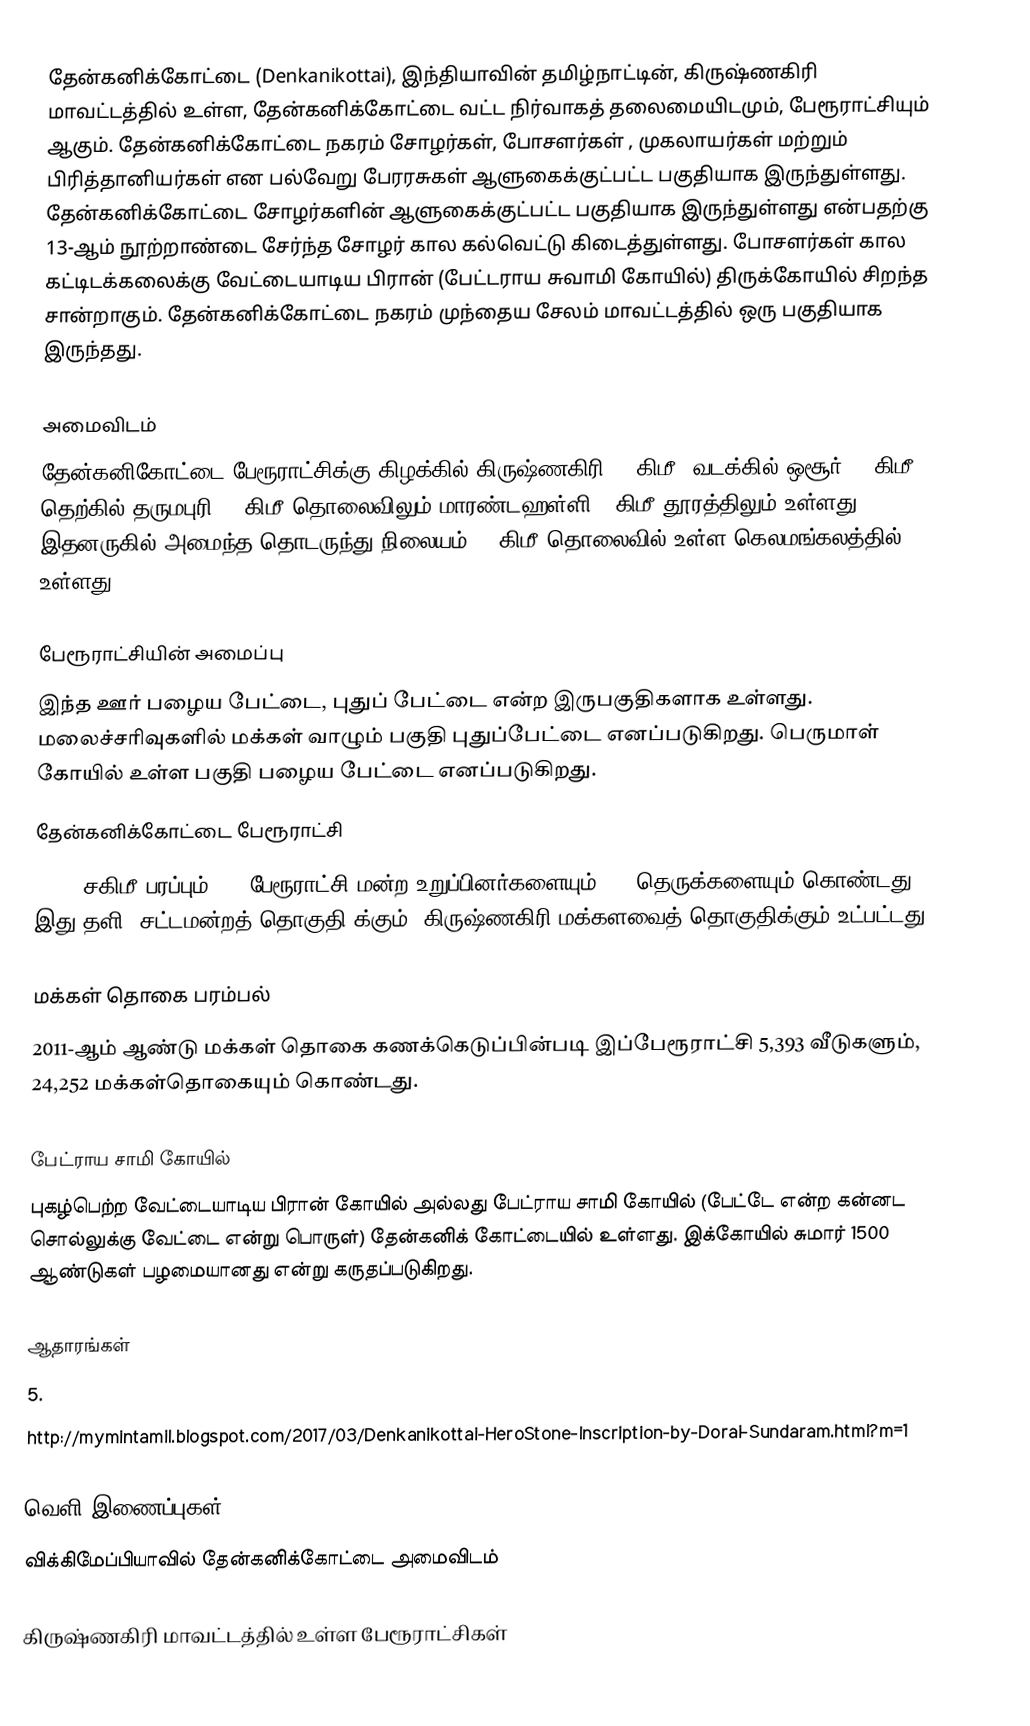
தேன்கனிக்கோட்டை (Denkanikottai), இந்தியாவின் தமிழ்நாட்டின், கிருஷ்ணகிரி மாவட்டத்தில் உள்ள, தேன்கனிக்கோட்டை வட்ட நிர்வாகத் தலைமையிடமும், பேரூராட்சியும் ஆகும்.  தேன்கனிக்கோட்டை நகரம் சோழர்கள், போசளர்கள் , முகலாயர்கள் மற்றும் பிரித்தானியர்கள் என பல்வேறு பேரரசுகள் ஆளுகைக்குட்பட்ட பகுதியாக இருந்துள்ளது. தேன்கனிக்கோட்டை சோழர்களின் ஆளுகைக்குட்பட்ட பகுதியாக இருந்துள்ளது என்பதற்கு 13-ஆம் நூற்றாண்டை சேர்ந்த சோழர் கால கல்வெட்டு கிடைத்துள்ளது. போசளர்கள் கால கட்டிடக்கலைக்கு வேட்டையாடிய பிரான் (பேட்டராய சுவாமி கோயில்) திருக்கோயில் சிறந்த சான்றாகும். தேன்கனிக்கோட்டை நகரம் முந்தைய சேலம் மாவட்டத்தில் ஒரு பகுதியாக இருந்தது.

அமைவிடம்
தேன்கனிகோட்டை பேரூராட்சிக்கு கிழக்கில் கிருஷ்ணகிரி 65 கிமீ; வடக்கில் ஒசூர்  24 கிமீ; தெற்கில் தருமபுரி  70 கிமீ தொலைவிலும் மாரண்டஹள்ளி 34கிமீ தூரத்திலும் உள்ளது. இதனருகில் அமைந்த தொடருந்து நிலையம் 12 கிமீ தொலைவில் உள்ள கெலமங்கலத்தில் உள்ளது.

பேரூராட்சியின் அமைப்பு
இந்த ஊர் பழைய பேட்டை, புதுப் பேட்டை என்ற இருபகுதிகளாக உள்ளது. மலைச்சரிவுகளில் மக்கள் வாழும் பகுதி புதுப்பேட்டை எனப்படுகிறது. பெருமாள் கோயில் உள்ள பகுதி பழைய பேட்டை எனப்படுகிறது.
 தேன்கனிக்கோட்டை பேரூராட்சி
13.26  சகிமீ பரப்பும்,  18 பேரூராட்சி மன்ற  உறுப்பினர்களையும், 84 தெருக்களையும்   கொண்டது. இது  தளி (சட்டமன்றத் தொகுதி)க்கும், கிருஷ்ணகிரி மக்களவைத் தொகுதிக்கும் உட்பட்டது.

மக்கள் தொகை பரம்பல்
2011-ஆம் ஆண்டு மக்கள் தொகை கணக்கெடுப்பின்படி  இப்பேரூராட்சி   5,393  வீடுகளும்,  24,252 மக்கள்தொகையும் கொண்டது.

பேட்ராய சாமி கோயில்
புகழ்பெற்ற வேட்டையாடிய பிரான் கோயில் அல்லது பேட்ராய சாமி கோயில் (பேட்டே என்ற கன்னட சொல்லுக்கு வேட்டை என்று பொருள்) தேன்கனிக் கோட்டையில் உள்ளது. இக்கோயில் சுமார் 1500 ஆண்டுகள் பழமையானது என்று கருதப்படுகிறது.

ஆதாரங்கள்
5.
http://mymintamil.blogspot.com/2017/03/Denkanikottai-HeroStone-Inscription-by-Dorai-Sundaram.html?m=1

வெளி இணைப்புகள்
 விக்கிமேப்பியாவில் தேன்கனிக்கோட்டை அமைவிடம்

கிருஷ்ணகிரி மாவட்டத்தில் உள்ள பேரூராட்சிகள்